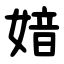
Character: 㛺